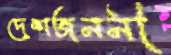
দেশজননী